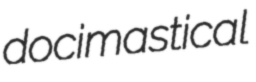
docimastical